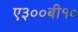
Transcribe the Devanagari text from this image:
ए३००बी१०